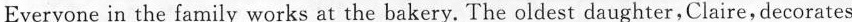
Everyone in the family works at the bakery. The oldest daughter,Claire,decorates